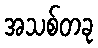
အသစ်တခု